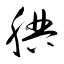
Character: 腆